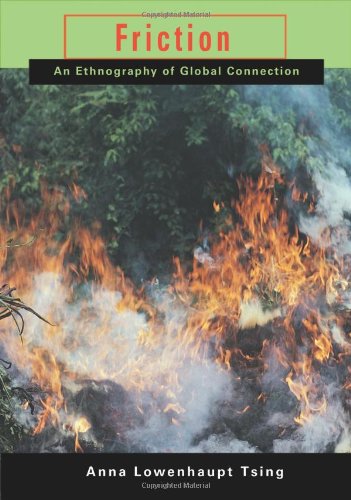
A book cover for Friction: An Ethnography of Global Connection; Anna Lowenhaupt Tsing; Business & Money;